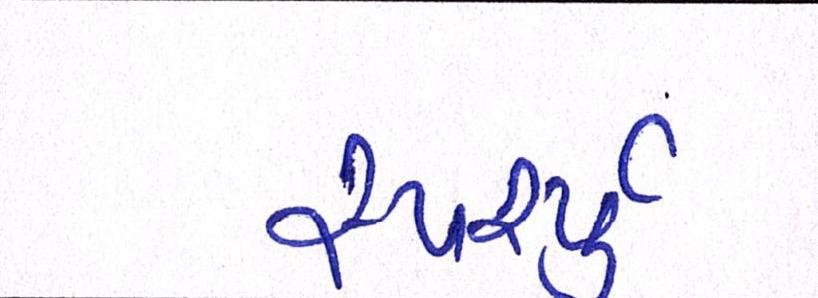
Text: સ્પર્શ્યું